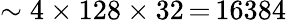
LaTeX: \sim 4\mathbin{\times}128\mathbin{\times}32\mathop{=}16384